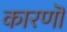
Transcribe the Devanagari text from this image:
कारणॊ